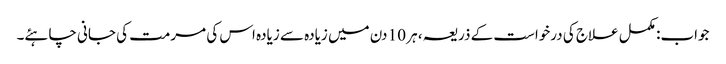
جواب: مکمل علاج کی درخواست کے ذریعہ ، ہر 10 دن میں زیادہ سے زیادہ اس کی مرمت کی جانی چاہئے۔